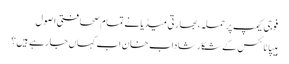
فوجی کیمپ پر حملہ ،بھارتی میڈیا نے تمام صحافتی اصول
ہیپاٹائٹس کے شکار شاداب خان اب کہاں جا رہے ہیں؟